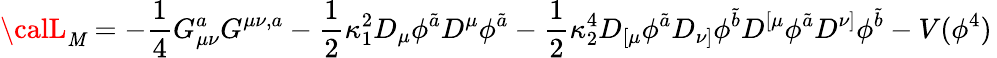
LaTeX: {\calL}_{\mathit{M}}=-\frac{{1}}{{4}}G_{\mu\nu}^{a}G^{\mu\nu,a}-{\frac{{1}}{{2}}}\kappa_{1}^{2}D_{\mu}\phi^{\tilde{{a}}}D^{\mu}\phi^{\tilde{{a}}}-{\frac{{1}}{{2}}}\kappa_{2}^{4}D_{[\mu}\phi^{\tilde{{a}}}D_{\nu]}\phi^{\tilde{{b}}}D^{[\mu}\phi^{\tilde{{a}}}D^{\nu]}\phi^{\tilde{{b}}}-V(\phi^{4})\,